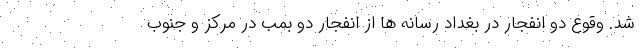
شد. وقوع دو انفجار در بغداد رسانه ها از انفجار دو بمب در مرکز و جنوب